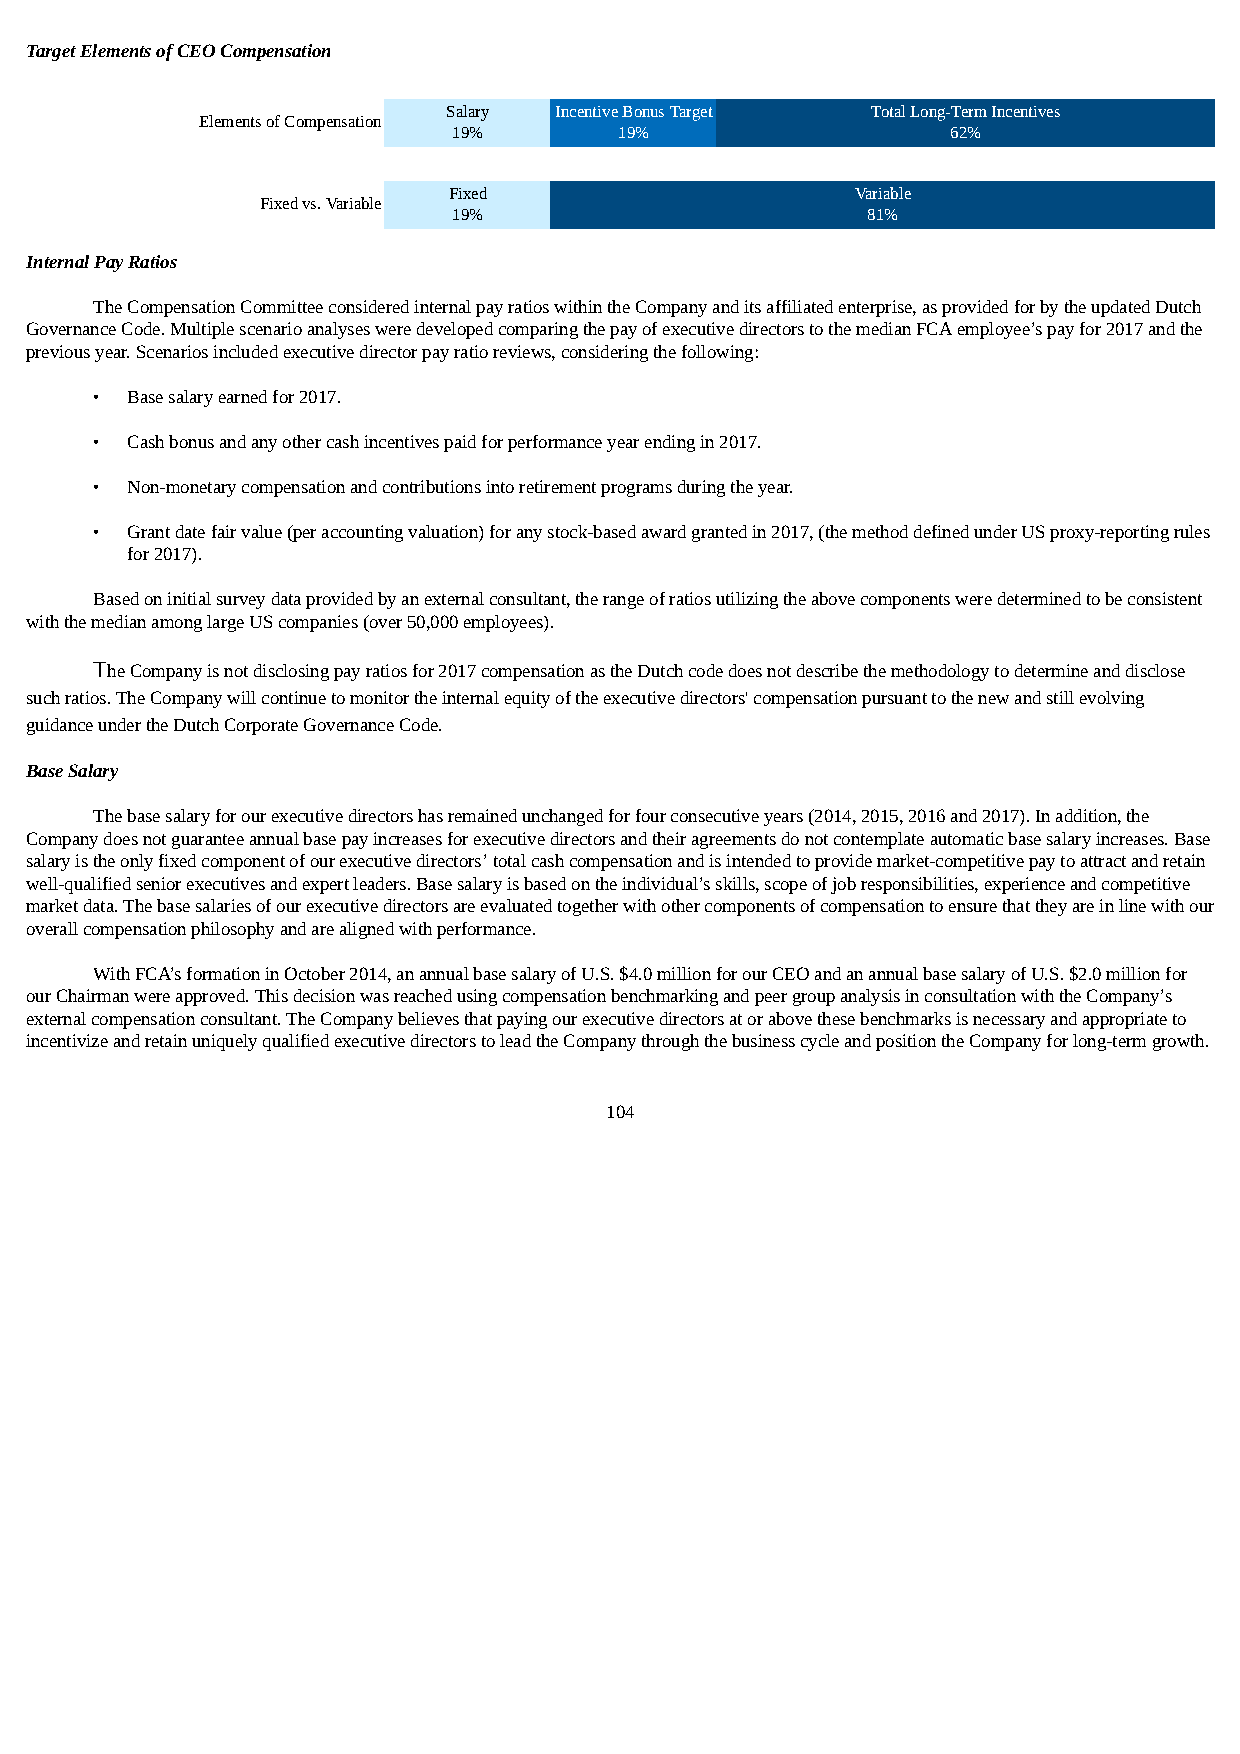
Target Elements of CEO Compensation
 Salary Incentive Bonus Target Total Long-Term Incentives
 Elements of Compensation
 19%        19%                   62%
 Fixed                      Variable
 Fixed vs. Variable
 19%                        81%
 Internal Pay Ratios
 The Compensation Committee considered internal pay ratios within the Company and its affiliated enterprise, as provided for by the updated Dutch
 Governance Code. Multiple scenario analyses were developed comparing the pay of executive directors to the median FCA employee’s pay for 2017 and the
 previous year. Scenarios included executive director pay ratio reviews, considering the following:
 • Base salary earned for 2017.
 • Cash bonus and any other cash incentives paid for performance year ending in 2017.
 • Non-monetary compensation and contributions into retirement programs during the year.
 • Grant date fair value (per accounting valuation) for any stock-based award granted in 2017, (the method defined under US proxy-reporting rules
 for 2017).
 Based on initial survey data provided by an external consultant, the range of ratios utilizing the above components were determined to be consistent
 with the median among large US companies (over 50,000 employees).
 The Company is not disclosing pay ratios for 2017 compensation as the Dutch code does not describe the methodology to determine and disclose
 such ratios. The Company will continue to monitor the internal equity of the executive directors' compensation pursuant to the new and still evolving
 guidance under the Dutch Corporate Governance Code.
 Base Salary
 The base salary for our executive directors has remained unchanged for four consecutive years (2014, 2015, 2016 and 2017). In addition, the
 Company does not guarantee annual base pay increases for executive directors and their agreements do not contemplate automatic base salary increases. Base
 salary is the only fixed component of our executive directors’ total cash compensation and is intended to provide market-competitive pay to attract and retain
 well-qualified senior executives and expert leaders. Base salary is based on the individual’s skills, scope of job responsibilities, experience and competitive
 market data. The base salaries of our executive directors are evaluated together with other components of compensation to ensure that they are in line with our
 overall compensation philosophy and are aligned with performance.
 With FCA’s formation in October 2014, an annual base salary of U.S. $4.0 million for our CEO and an annual base salary of U.S. $2.0 million for
 our Chairman were approved. This decision was reached using compensation benchmarking and peer group analysis in consultation with the Company’s
 external compensation consultant. The Company believes that paying our executive directors at or above these benchmarks is necessary and appropriate to
 incentivize and retain uniquely qualified executive directors to lead the Company through the business cycle and position the Company for long-term growth.
 104